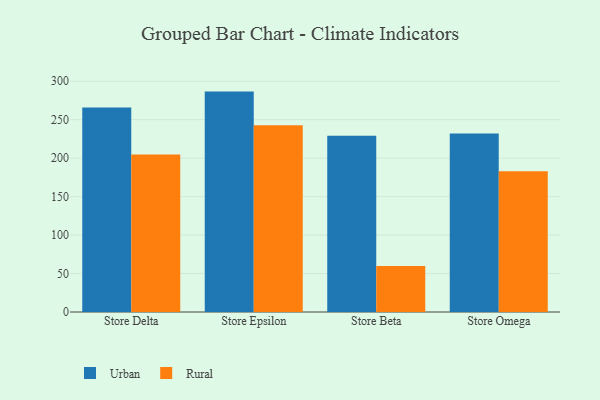
{"axis": {"x": "Store", "y": "Production Output"}, "legend": ["Rural", "Urban"], "data": [{"x": "Store Delta", "y": 265.7, "type": "Urban"}, {"x": "Store Delta", "y": 204.7, "type": "Rural"}, {"x": "Store Epsilon", "y": 286.5, "type": "Urban"}, {"x": "Store Epsilon", "y": 242.8, "type": "Rural"}, {"x": "Store Beta", "y": 229.1, "type": "Urban"}, {"x": "Store Beta", "y": 59.9, "type": "Rural"}, {"x": "Store Omega", "y": 231.9, "type": "Urban"}, {"x": "Store Omega", "y": 183.0, "type": "Rural"}]}